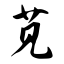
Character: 苋